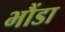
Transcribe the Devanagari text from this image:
भौंडा